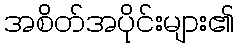
အစိတ်အပိုင်းများ၏